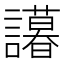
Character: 𬣒